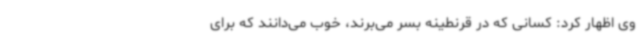
وی اظهار کرد: کسانی که در قرنطینه بسر می‌برند، خوب می‌دانند که برای